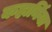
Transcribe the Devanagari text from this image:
कहानिंया